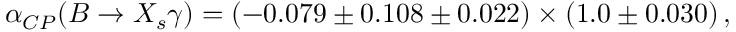
\alpha _ { C P } ( B \rightarrow X _ { s } \gamma ) = ( - 0 . 0 7 9 \pm 0 . 1 0 8 \pm 0 . 0 2 2 ) \times ( 1 . 0 \pm 0 . 0 3 0 ) \, ,